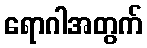
ရောဂါအတွက်